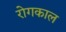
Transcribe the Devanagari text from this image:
रोगकाल